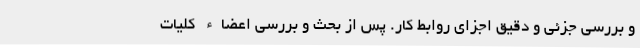
و بررسی جزئی و دقیق اجزای روابط کار. پس از بحث و بررسی اعضاء کلیات